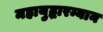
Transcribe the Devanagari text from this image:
महायुद्धारम्यान